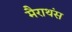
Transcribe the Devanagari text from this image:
मैराथंस